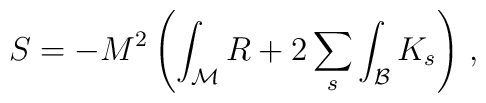
S =  - M^2 \left(\int_{\mathcal M} R + 2  \sum_s \int_{\mathcal B} K_s \right)\, ,